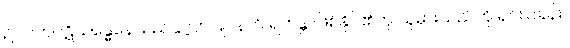
ဥပပတ်ပဋိသန္ဓေနေသည်နှင့်တပြိုင်နက် ရဟန္တာဖြစ်နိုင်၏ဟု ယူမှားသည်ကို ရှင်းပြခန်း။